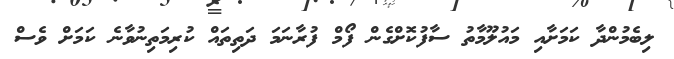
ލިބެމުންދާ ކަމަށާއި މައުލޫމާތު ސާފުކޮށްގެން ފޯމް ފުރާނަމަ ދަތިތައް ކުރިމަތިނުވާނެ ކަމަށް ވެސް